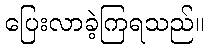
ပြေးလာခဲ့ကြရသည်။